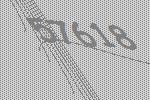
57618